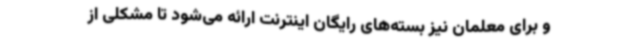
و برای معلمان نیز بسته‌های رایگان اینترنت ارائه می‌شود تا مشکلی از